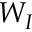
W _ { I }